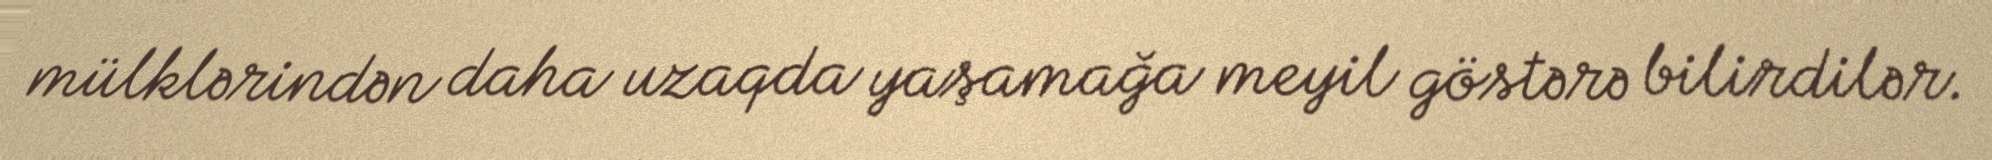
mülklərindən daha uzaqda yaşamağa meyil göstərə bilirdilər.